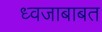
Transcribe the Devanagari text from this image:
ध्वजाबाबत